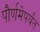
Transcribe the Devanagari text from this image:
पौर्णमेपर्यंत